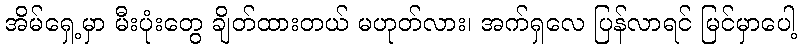
အိမ်ရှေ့မှာ မီးပုံးတွေ ချိတ်ထားတယ် မဟုတ်လား၊ အက်ရှလေ ပြန်လာရင် မြင်မှာပေါ့